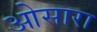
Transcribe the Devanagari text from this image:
ओसारा